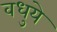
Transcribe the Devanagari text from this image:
वधुये